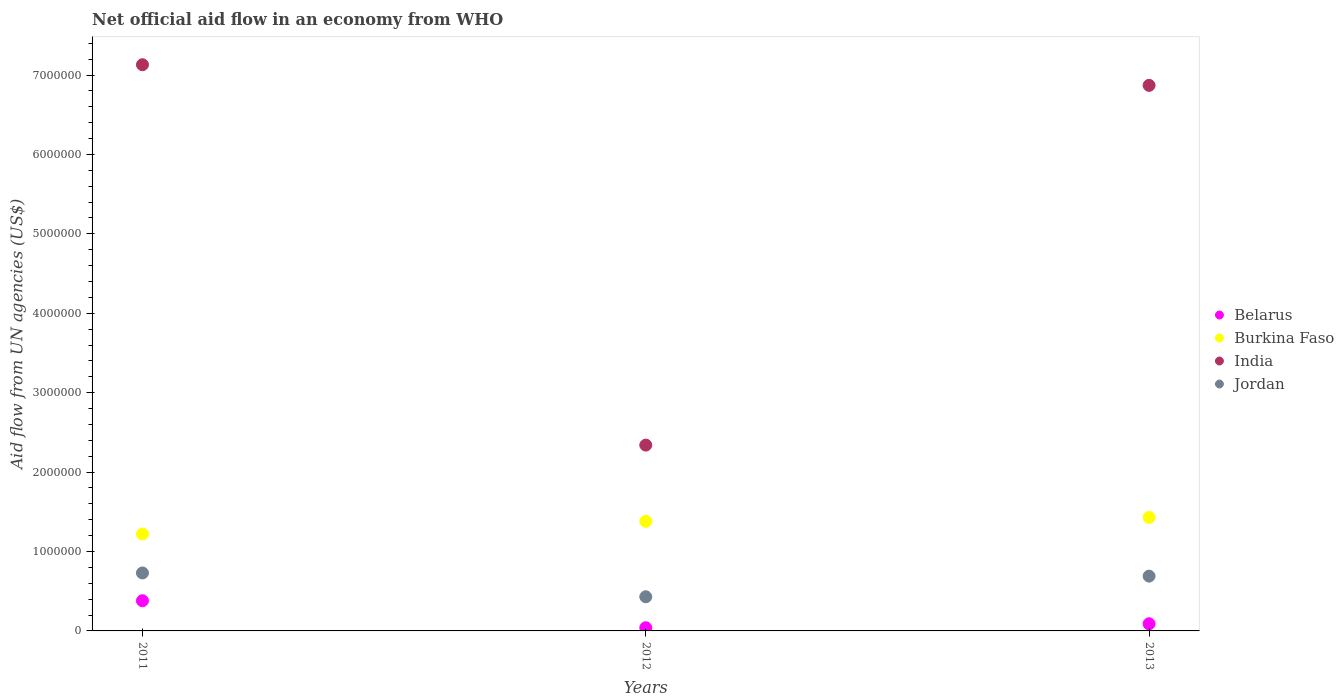
| Years | Belarus | Burkina Faso | India | Jordan |
 | --- | --- | --- | --- | --- |
 | 2011 | 3.8e+05 | 1.22e+06 | 7.13e+06 | 7.3e+05 |
 | 2012 | 4e+04 | 1.38e+06 | 2.34e+06 | 4.3e+05 |
 | 2013 | 9e+04 | 1.43e+06 | 6.87e+06 | 6.9e+05 |